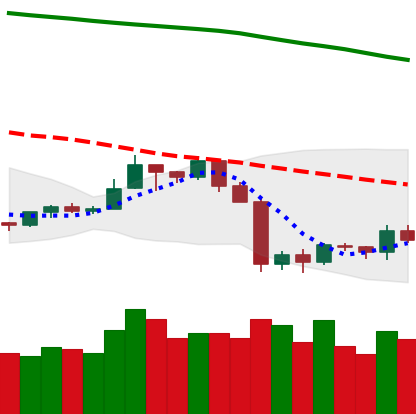
Ticker: TRX-USD
Chart end date: 2019-10-01
Forward return: 5.095%
Label: up_5_7